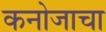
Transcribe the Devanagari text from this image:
कनोजाचा